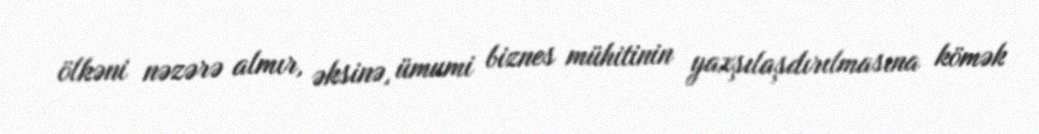
ölkəni nəzərə almır, əksinə, ümumi biznes mühitinin yaxşılaşdırılmasına kömək